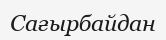
Сағырбайдан